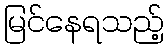
မြင်နေရသည့်